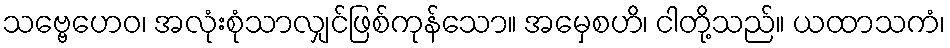
သဗ္ဗေဟေဝ၊ အလုံးစုံသာလျှင်ဖြစ်ကုန်သော။ အမှေစဟိ၊ ငါတို့သည်။ ယထာသကံ၊